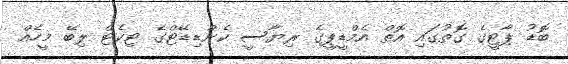
ބޮޑު ޕާޓީގެ ގޮތުގައި އޮތް އެމްޑީޕީގެ ރިޔާސީ ކެންޑިޑޭޓްގެ ޓިކެޓް ލިބޭ މީހެއް